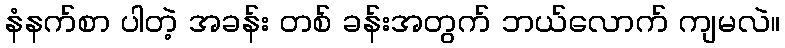
နံနက်စာ ပါတဲ့ အခန်း တစ် ခန်းအတွက် ဘယ်လောက် ကျမလဲ။